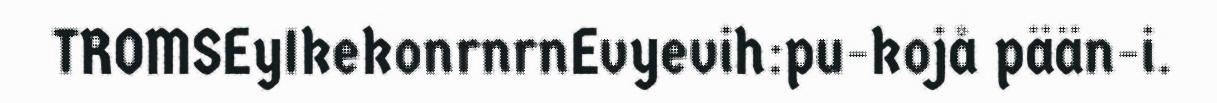
TROMSEyIkekonrnrnEvyevih:pu-kojå pään-i.